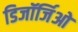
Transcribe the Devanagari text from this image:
डिजॉर्जिओ